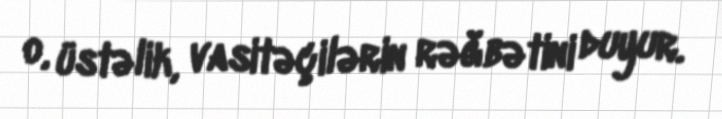
o, üstəlik, vasitəçilərin rəğbətini duyur.